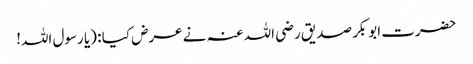
حضرت ابوبکر صدیق رضی اللہ عنہ نے عرض کیا : (یا رسول اللہ!